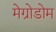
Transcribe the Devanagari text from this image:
मेग्रोडोम